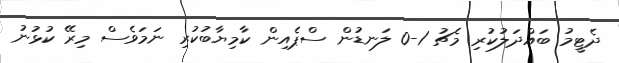
ދެޓީމު ބައްދަލުކުރި މެޗު 1-0 ލަނޑުން ސްޕެއިން ކާމިޔާބުކުރި ނަމަވެސް މިރޭ ކުޅުނު